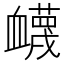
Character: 衊